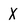
Character: X